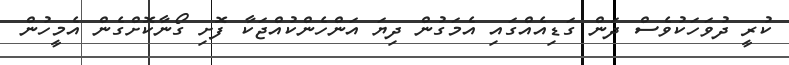
ކުރީ ދުވަހަކުވެސް ދަން ގަޑިއެއްގައި އެމަގުން ދިޔަ އަންހެންކުއްޖަކާ ފޮށި ގޯނާކޮށްގެން އެމީހުން